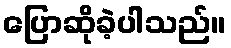
ပြောဆိုခဲ့ပါသည်။